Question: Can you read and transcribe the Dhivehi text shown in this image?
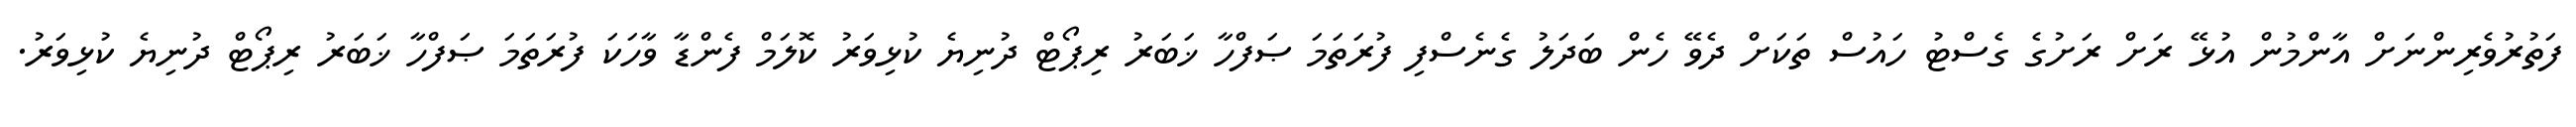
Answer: ފަތުރުވެރިންނަށް އާންމުން އުޅޭ ރަށް ރަށުގެ ގެސްޓު ހައުސް ތަކަށް ދެވޭ ހެން ބަދަލު ގެނެސްފި ފުރަތަމަ ޞަފްހާ ޚަބަރު ރިޕޯޓް ދުނިޔެ ކުޅިވަރު ކޮލަމް ފެންޑާ ވާހަކަ ފުރަތަމަ ޞަފްހާ ޚަބަރު ރިޕޯޓް ދުނިޔެ ކުޅިވަރު.